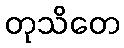
တုသိတေ